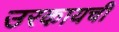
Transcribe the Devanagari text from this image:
उरकायची